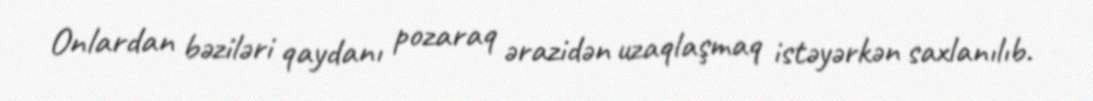
Onlardan bəziləri qaydanı pozaraq ərazidən uzaqlaşmaq istəyərkən saxlanılıb.